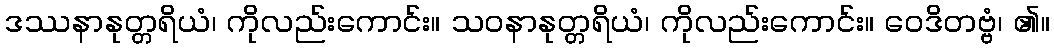
ဒဿနာနုတ္တရိယံ၊ ကိုလည်းကောင်း။ သဝနာနုတ္တရိယံ၊ ကိုလည်းကောင်း။ ဝေဒိတဗ္ဗံ၊ ၏။